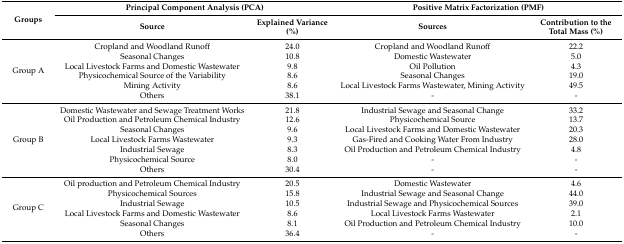
| <ROWSPAN=2> Groups | <COLSPAN=2> Principal Component Analysis (PCA) | <COLSPAN=2> Positive Matrix Factorization (PMF) |
 | Source | Explained Variance (%) | Sources | Contribution to the Total Mass (%) |
 | --- | --- | --- | --- | --- |
 | <ROWSPAN=6> Group A | Cropland and Woodland Runoff | 24.0 | Cropland and Woodland Runoff | 22.2 |
 | Seasonal Changes | 10.8 | Domestic Wastewater | 5.0 |
 | Local Livestock Farms and Domestic Wastewater | 9.8 | Oil Pollution | 4.3 |
 | Physicochemical Source of the Variability | 8.6 | Seasonal Changes | 19.0 |
 | Mining Activity | 8.6 | Local Livestock Farms Wastewater, Mining Activity | 49.5 |
 | Others | 38.1 | - | - |
 | <ROWSPAN=7> Group B | Domestic Wastewater and Sewage Treatment Works | 21.8 | Industrial Sewage and Seasonal Change | 33.2 |
 | Oil Production and Petroleum Chemical Industry | 12.6 | Physicochemical Source | 13.7 |
 | Seasonal Changes | 9.6 | Local Livestock Farms and Domestic Wastewater | 20.3 |
 | Local Livestock Farms Wastewater | 9.3 | Gas-Fired and Cooking Water From Industry | 28.0 |
 | Industrial Sewage | 8.3 | Oil Production and Petroleum Chemical Industry | 4.8 |
 | Physicochemical Source | 8.0 | - | - |
 | Others | 30.4 | - | - |
 | <ROWSPAN=6> Group C | Oil production and Petroleum Chemical Industry | 20.5 | Domestic Wastewater | 4.6 |
 | Physicochemical Sources | 15.8 | Industrial Sewage and Seasonal Change | 44.0 |
 | Industrial Sewage | 10.5 | Industrial Sewage and Physicochemical Sources | 39.0 |
 | Local Livestock Farms and Domestic Wastewater | 8.6 | Local Livestock Farms Wastewater | 2.1 |
 | Seasonal Changes | 8.1 | Oil Production and Petroleum Chemical Industry | 10.0 |
 | Others | 36.4 | - | - |